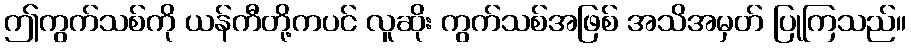
ဤကွက်သစ်ကို ယန်ကီတို့ကပင် လူဆိုး ကွက်သစ်အဖြစ် အသိအမှတ် ပြုကြသည်။